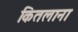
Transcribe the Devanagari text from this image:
कितलाना